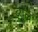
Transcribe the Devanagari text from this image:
ब्र्युल